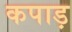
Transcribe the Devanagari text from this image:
कपाड़